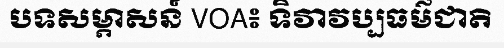
បទសម្ភាសន៍ VOA៖ ទិវាវប្បធម៌ជាតិ